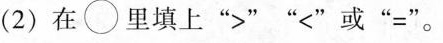
(2)\bigcirc 在里填上”>””<' 或”=”。